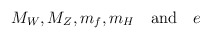
\begin{align*} M_W , M_Z , m_f , m_H \quad \mbox{and} \quad e\end{align*}